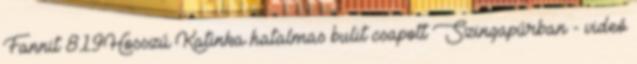
Fannit 819Hosszú Katinka hatalmas bulit csapott Szingapúrban - videó